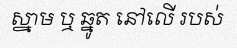
ស្នាម ឬ ឆ្នូត នៅលើ របស់